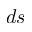
d s